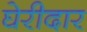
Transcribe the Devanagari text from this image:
घेरीदार